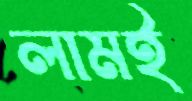
লামই